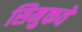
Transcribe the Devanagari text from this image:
सिमुकवे